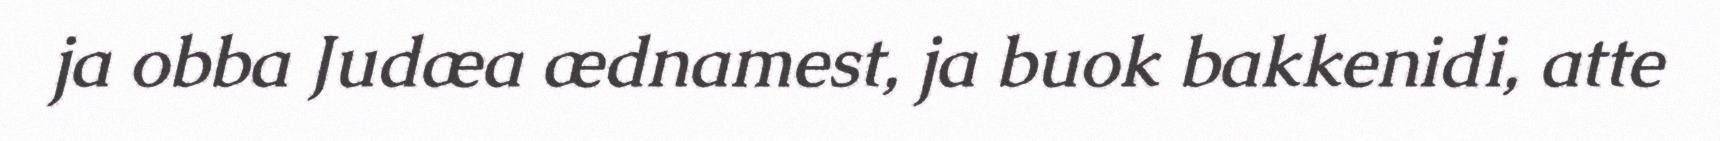
ja obba Judæa ædnamest, ja buok bakkenidi, atte